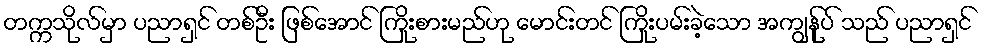
တက္ကသိုလ်မှာ ပညာရှင် တစ်ဦး ဖြစ်အောင် ကြိုးစားမည်ဟု မောင်းတင် ကြိုးပမ်းခဲ့သော အကျွန်ုပ် သည် ပညာရှင်